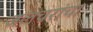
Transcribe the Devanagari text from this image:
जलचरांचा